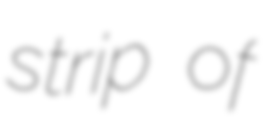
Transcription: strip of